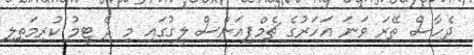
ދެހާސް ތޭރަ ވަނަ އަހަރުގެ ޗެމްޕިއަންސް ލީގުގައި މި ދެ ޓީމު ކުރިމަތިލި